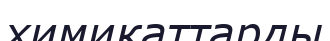
химикаттарды